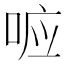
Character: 𭈉